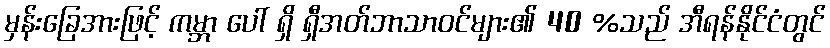
မှန်းခြေအားဖြင့် ကမ္ဘာ ပေါ် ရှိ ရှီအတ်ဘာသာဝင်များ၏ 40 %သည် အီရန်နိုင်ငံတွင်